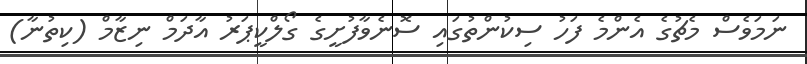
ނަމަވެސް މެޗުގެ އެންމެ ފަހު ސިކުންތުގައި ސޮނެވާފުށީގެ ގޯލްކީޕަރު އާދަމް ނިޒާމް (ކިތުނާ)